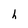
Character: h